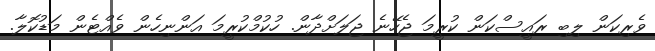
ވެރިކަން ލިބި ރައީސްކަން ކުރީމަ ޖެހޭނެ ޖަލަށްދާން. ހުކުމްކުރީމަ އަންނިހެން ވެއްޓެން މަޑުކޮލާ.